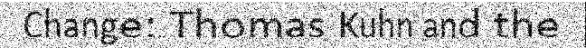
Change: Thomas Kuhn and the